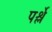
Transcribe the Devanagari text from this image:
पर्श्ले